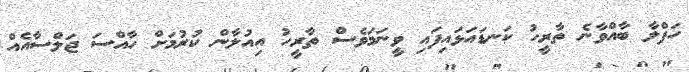
ހަފްލާ ބާއްވާނެ ތާރީހު ކަނޑައަޅައިފައި ވީނަމަވެސް ތާރީހު އިއުލާން ކުރުމަށް ހާއްސަ ޖަލްސާއެއް